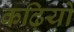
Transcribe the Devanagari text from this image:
कढ़ियों